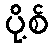
ပို့စ်